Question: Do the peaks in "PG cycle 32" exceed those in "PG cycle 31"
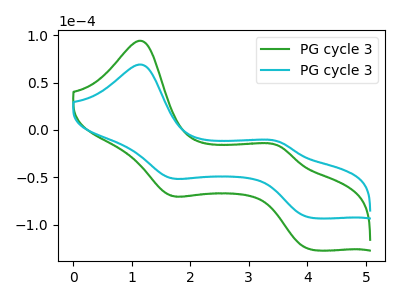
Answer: <think>The green curve "PG cycle 31" has anodic peaks at (1.15V, 94.35uA) (3.50V, -16.90uA) and cathodic peaks at (1.65V, -69.00uA) (4.05V, -126.25uA). The cyan curve "PG cycle 32" has anodic peaks at (1.15V, 69.25uA) (3.50V, -12.40uA) and cathodic peaks at (1.65V, -50.65uA) (4.05V, -92.65uA).</think>
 <answer>The peaks in "PG cycle 32" are neither all higher or all lower than the peaks in "PG cycle 31".</answer>
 <eval>mixed</eval>